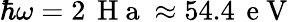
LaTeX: \hbar\omega=2\, \mathrm{~H~a~}\approx 54.4\, \mathrm{~e~V~}